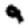
Digit: 9